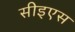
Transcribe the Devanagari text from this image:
सीइएस